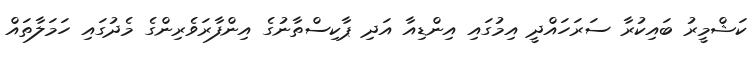
ކަޝްމީރު ބައިކުރާ ސަރަހައްދީ އިމުގައި އިންޑިއާ އަދި ޕާކިސްތާނުގެ އިންފާރަވެރިންގެ މެދުގައި ހަމަލާތައް